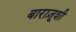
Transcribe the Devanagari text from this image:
बाराज़ूशी